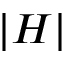
\lvert H \rvert